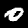
Label: 0